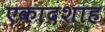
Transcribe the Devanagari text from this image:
एकादशाह